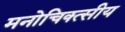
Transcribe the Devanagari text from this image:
मनोचिक्त्सीय